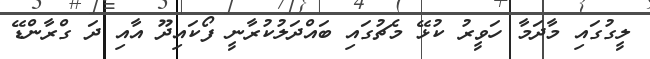
ލީގުގައި މާދަމާ ހަވީރު ކުޅޭ މެޗުގައި ބައްދަލުކުރާނީ ފޯކައިދޫ އާއި ދަ ގްރާންޑޭ